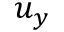
u _ { y }